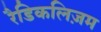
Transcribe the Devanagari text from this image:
रैडिकलिज़म